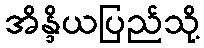
အိန္ဒိယပြည်သို့